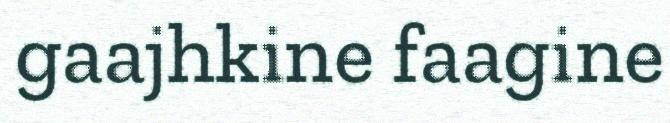
gaajhkine faagine